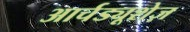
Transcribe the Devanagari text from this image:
आर्चड्यूशेज़